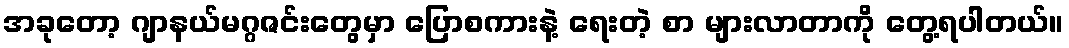
အခုတော့ ဂျာနယ်မဂ္ဂဇင်းတွေမှာ ပြောစကားနဲ့ ရေးတဲ့ စာ များလာတာကို တွေ့ရပါတယ်။